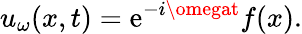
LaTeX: u_{\omega}(x,t)=\mathrm{e}^{-i\omegat}f(x).